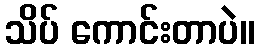
သိပ် ကောင်းတာပဲ။